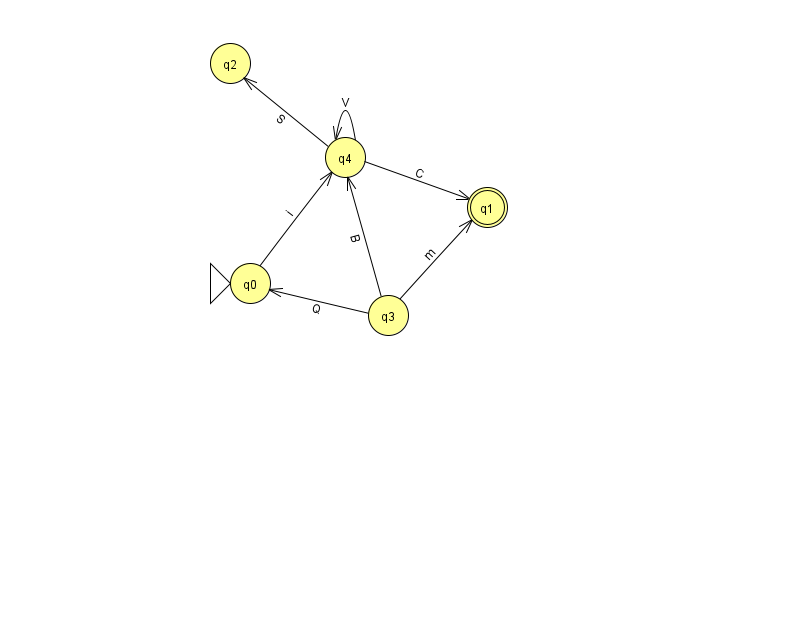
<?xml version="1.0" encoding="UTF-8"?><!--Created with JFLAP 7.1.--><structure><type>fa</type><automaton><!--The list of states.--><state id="0" name="q0"><x>250.0</x><y>270.0</y><initial/></state><state id="1" name="q1"><x>487.0</x><y>194.0</y><final/></state><state id="2" name="q2"><x>230.0</x><y>50.0</y></state><state id="3" name="q3"><x>388.0</x><y>302.0</y></state><state id="4" name="q4"><x>345.0</x><y>144.0</y></state><!--The list of transitions.--><transition><from>4</from><to>1</to><read>C</read></transition><transition><from>3</from><to>1</to><read>m</read></transition><transition><from>4</from><to>2</to><read>S</read></transition><transition><from>3</from><to>0</to><read>Q</read></transition><transition><from>0</from><to>4</to><read>i</read></transition><transition><from>4</from><to>4</to><read>V</read></transition><transition><from>3</from><to>4</to><read>B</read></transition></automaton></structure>